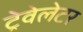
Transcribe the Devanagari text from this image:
ट्रेवेलेटर